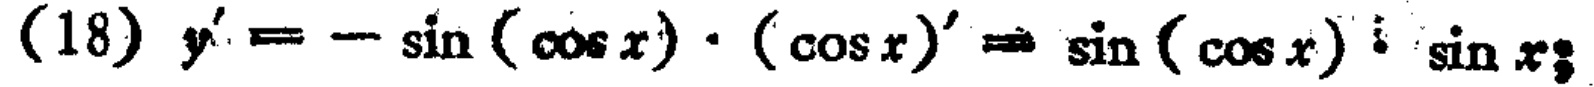
\((18) \ y' = -\sin(\cos x) \cdot (\cos x)' = \sin(\cos x) \cdot \sin x\)